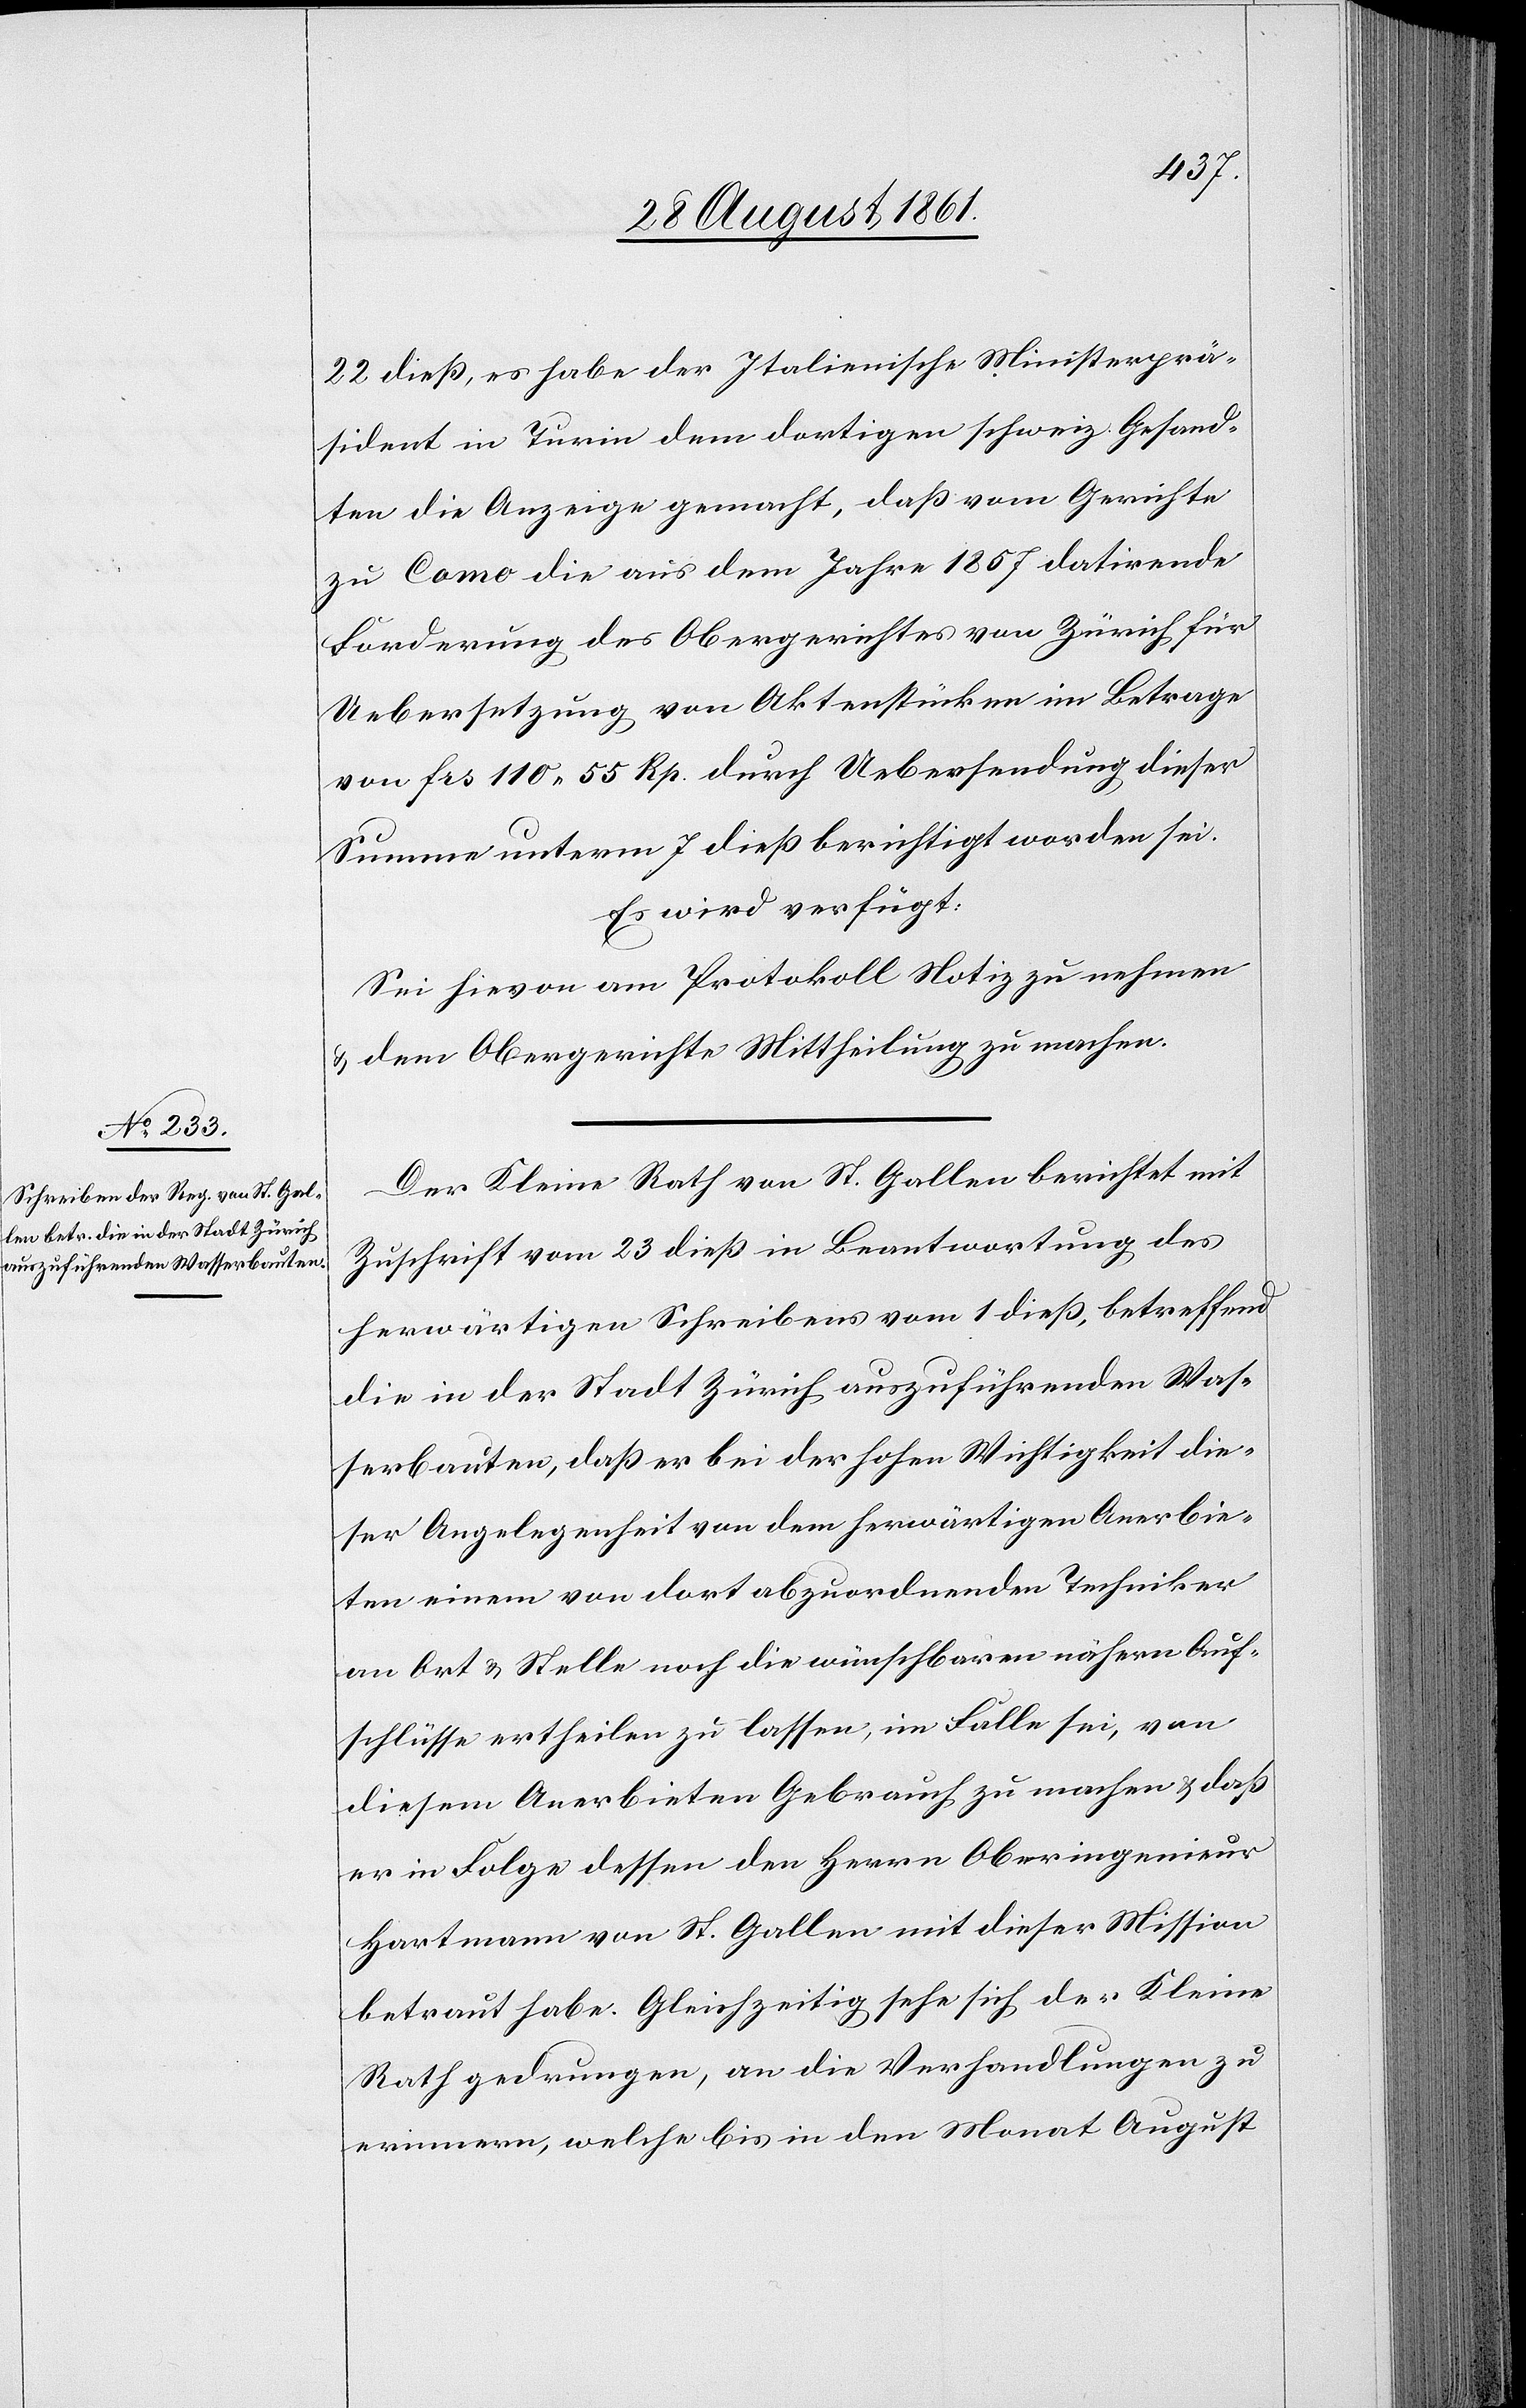
22 dieß, es habe der Italienische Ministerprä¬
sident in Turin dem dortigen schweiz. Gesand¬
ten die Anzeige gemacht, daß vom Gerichte
zu Como die aus dem Jahre 1857 datirende
Forderung des Obergerichtes von Zürich für
Uebersetzung von Aktenstücken im Betrage
von frs 110.55 Rp. durch Uebersendung dieser
Summe unterm 7 dieß berichtigt worden sei.
Es wird verfügt:
Sei hievon am Protokoll Notiz zu nehmen
u. dem Obergerichte Mittheilung zu machen.
Der Kleine Rath von St. Gallen berichtet mit
Zuschrift vom 23 dieß in Beantwortung des
herwärtigen Schreibens vom 1 dieß, betreffend
die in der Stadt Zürich auszuführenden Was¬
serbauten, daß er bei der hohen Wichtigkeit die¬
ser Angelegenheit von dem herwärtigen Anerbie¬
ten einem von dort abzuordnenden Techniker
an Ort u. Stelle noch die wünschbaren nähern Auf¬
schlüsse ertheilen zu lassen, im Falle sei, von
diesem Anerbieten Gebrauch zu machen u. daß
er in Folge dessen den Herrn Oberingenieur
Hartmann von St. Gallen mit dieser Mission
betraut habe. Gleichzeitig sehe sich der Kleine
Rath gedrungen, an die Verhandlungen zu
erinnern, welche bis in den Monat August